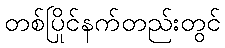
တစ်ပြိုင်နက်တည်းတွင်